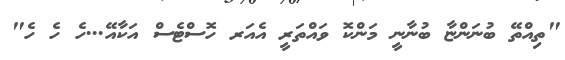
"ތިއްތޭ ބުނަންޏާ ބުނާނީ މަންކޮ ވައްތަރީ އެއަރ ހޮސްޓެސް އަކާއޭ...ހެ ހެ ހެ"